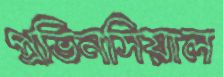
প্রভিনসিয়াল